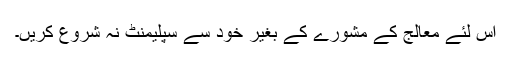
اس لئے معالج کے مشورے کے بغیر خود سے سپلیمنٹ نہ شروع کریں۔